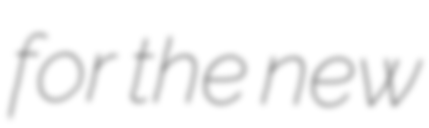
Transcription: for the new